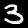
Label: 3